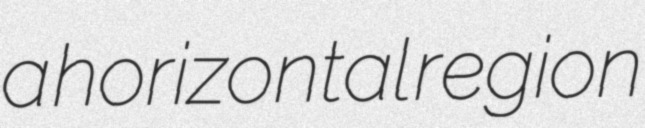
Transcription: a horizontal region